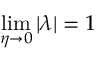
\operatorname* { l i m } _ { \eta \rightarrow 0 } | \lambda | = 1